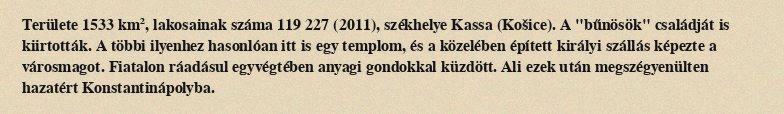
Területe 1533 km², lakosainak száma 119 227 (2011), székhelye Kassa (Košice). A "bűnösök" családját is kiirtották. A többi ilyenhez hasonlóan itt is egy templom, és a közelében épített királyi szállás képezte a városmagot. Fiatalon ráadásul egyvégtében anyagi gondokkal küzdött. Ali ezek után megszégyenülten hazatért Konstantinápolyba.